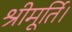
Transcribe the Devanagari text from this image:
श्रीमूर्ति।